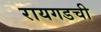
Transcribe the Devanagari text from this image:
रायगडची